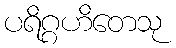
ပရိဂ္ဂဟိတေသု